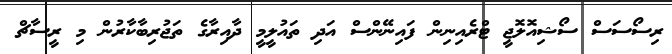
ރިސޯސަސް ސޯޝިއޮލޮޖީ ޓްރެއިނިން ފައިނޭންސް އަދި ތައުލީމީ ދާއިރާގެ ތަޖުރިބާކާރުން މި ރީސާޗް